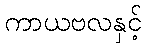
ကာယဗလနှင့်